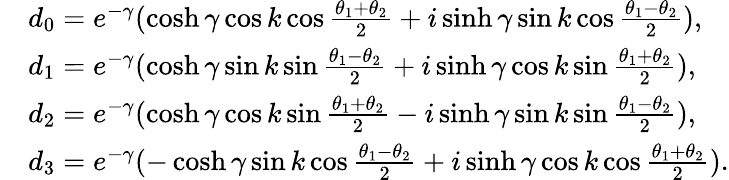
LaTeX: \begin{array}{rl}&{d_{0}=e^{-\gamma}(\cosh\gamma\cos k\cos\frac{\theta_{1}+\theta_{2}}{2}+i\sinh\gamma\sin k\cos\frac{\theta_{1}-\theta_{2}}{2}),}\\ &{d_{1}=e^{-\gamma}(\cosh\gamma\sin k\sin\frac{\theta_{1}-\theta_{2}}{2}+i\sinh\gamma\cos k\sin\frac{\theta_{1}+\theta_{2}}{2}),}\\ &{d_{2}=e^{-\gamma}(\cosh\gamma\cos k\sin\frac{\theta_{1}+\theta_{2}}{2}-i\sinh\gamma\sin k\sin\frac{\theta_{1}-\theta_{2}}{2}),}\\ &{d_{3}=e^{-\gamma}(-\cosh\gamma\sin k\cos\frac{\theta_{1}-\theta_{2}}{2}+i\sinh\gamma\cos k\cos\frac{\theta_{1}+\theta_{2}}{2}).}\end{array}